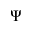
\Psi